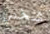
شخص